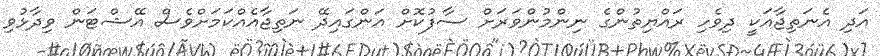
އަދި އެނަތިޖާއަކީ ދިވެހި ރައްޔިތުންގެ ނިންމުންވަރަށް ސާފުކޮށް އަންގައިދޭ ނަތިޖާއެއްކަމަށްވެސް އޭޝްޓަން ވިދާޅުވި